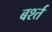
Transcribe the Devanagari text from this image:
बर्श्त